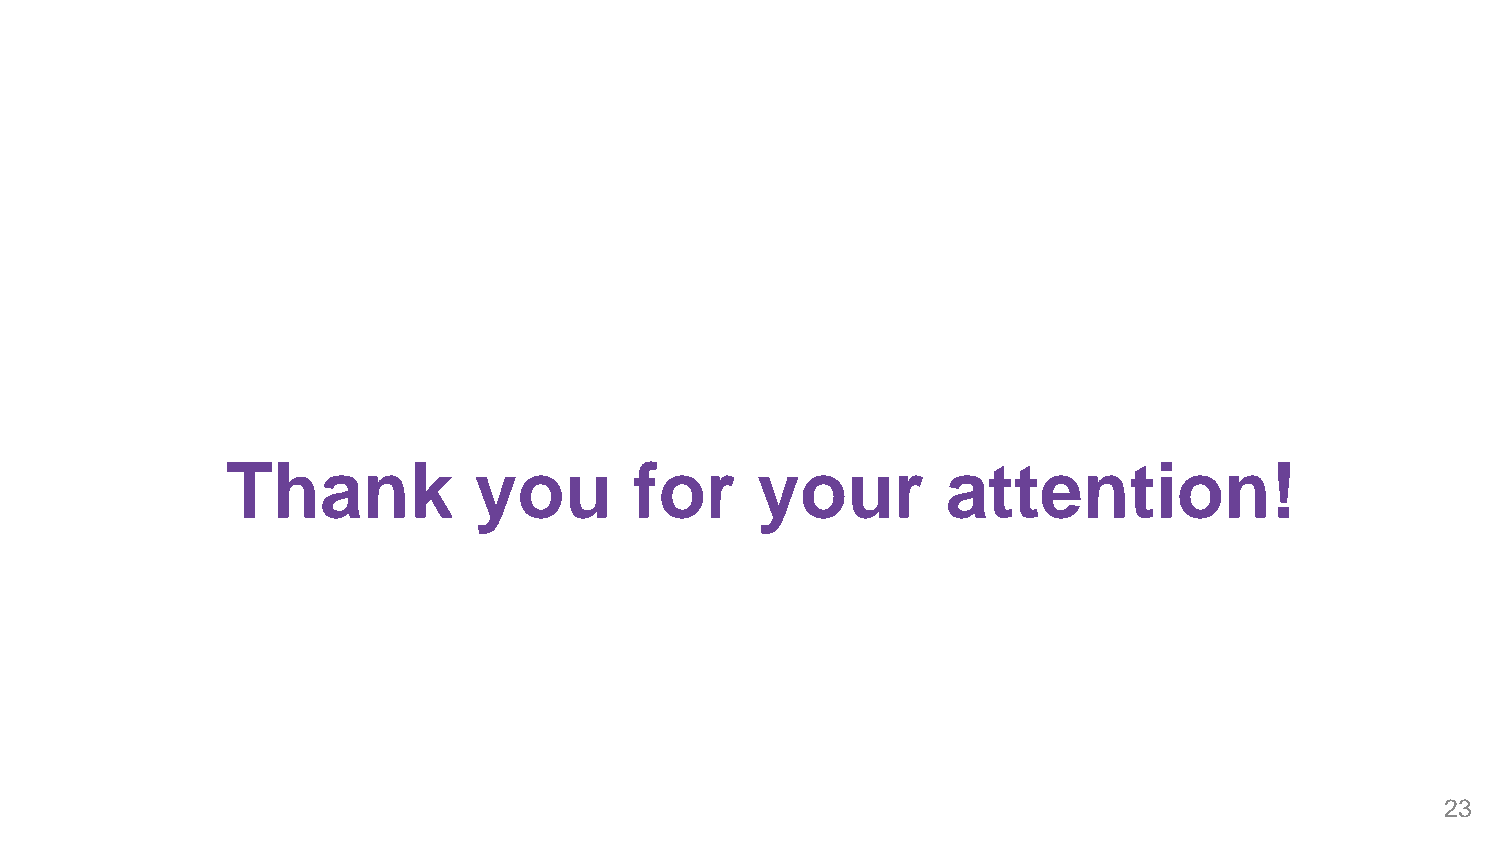
Thank           you        for     your         attention!
 23